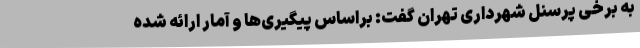
به برخی پرسنل شهرداری تهران گفت: براساس پیگیری‌ها و آمار ارائه شده